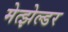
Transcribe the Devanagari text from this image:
मेत्झेल्डर